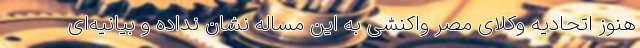
هنوز اتحادیه وکلای مصر واکنشی به این مساله نشان نداده و بیانیه‌ای